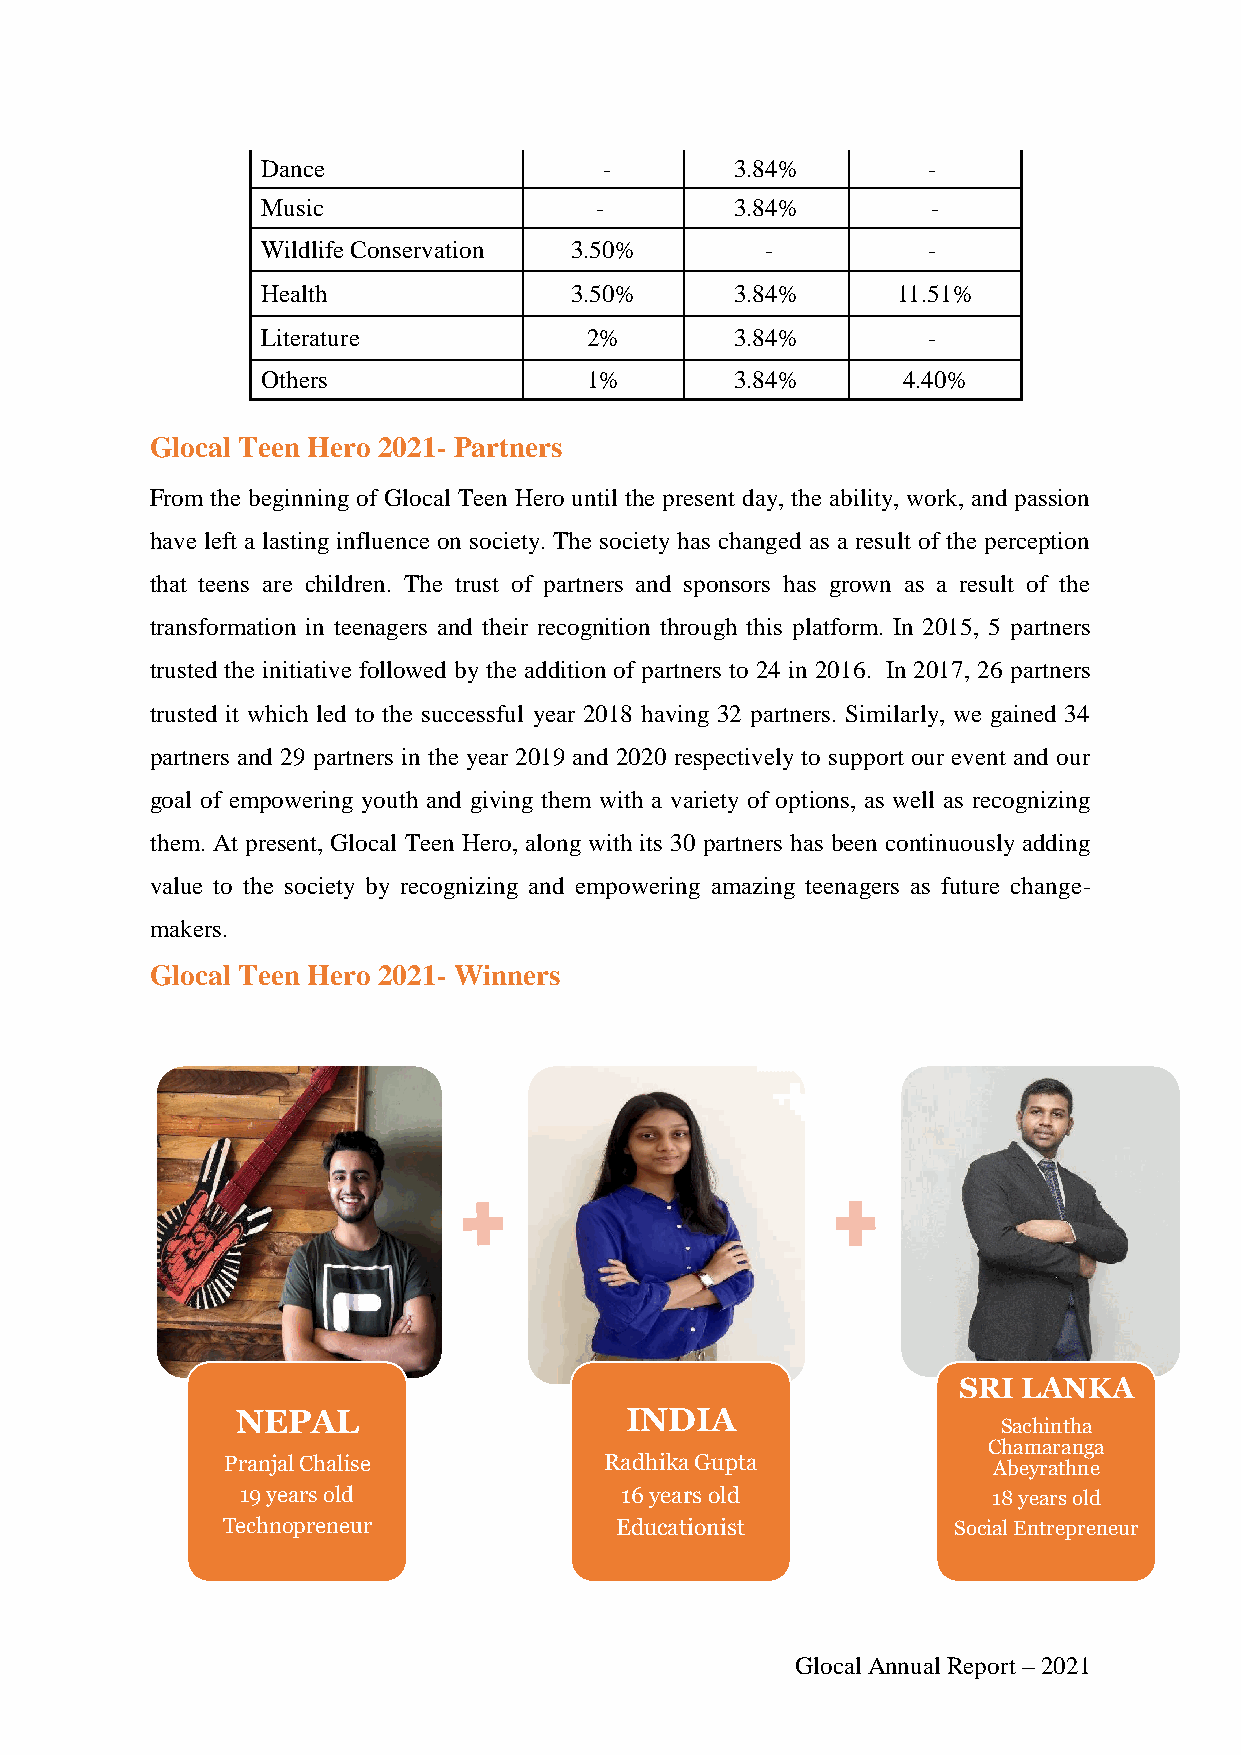
Dance                  -        3.84%       -
 Music                 -         3.84%        -
 Wildlife Conservation 3.50%       -         -
 Health               3.50%      3.84%     11.51%
 Literature            2%        3.84%       -
 Others                1%        3.84%      4.40%
 Glocal Teen Hero 2021- Partners
 From the beginning of Glocal Teen Hero until the present day, the ability, work, and passion
 have left a lasting influence on society. The society has changed as a result of the perception
 that teens are children. The trust of partners and sponsors has grown as a result of the
 transformation in teenagers and their recognition through this platform. In 2015, 5 partners
 trusted the initiative followed by the addition of partners to 24 in 2016. In 2017, 26 partners
 trusted it which led to the successful year 2018 having 32 partners. Similarly, we gained 34
 partners and 29 partners in the year 2019 and 2020 respectively to support our event and our
 goal of empowering youth and giving them with a variety of options, as well as recognizing
 them. At present, Glocal Teen Hero, along with its 30 partners has been continuously adding
 value to the society by recognizing and empowering amazing teenagers as future change-
 makers.
 Glocal Teen Hero 2021- Winners
 SRI  LANKA
 NEPAL                    INDIA
 Sachintha
 Chamaranga
 Pranjal Chalise          Radhika Gupta             Abeyrathne
 19 years old             16 years old             18 years old
 Technopreneur             Educationist          Social Entrepreneur
 Glocal Annual Report – 2021